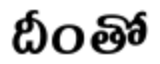
దీంతో